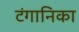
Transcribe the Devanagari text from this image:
टंगानिका